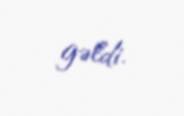
gəldi.